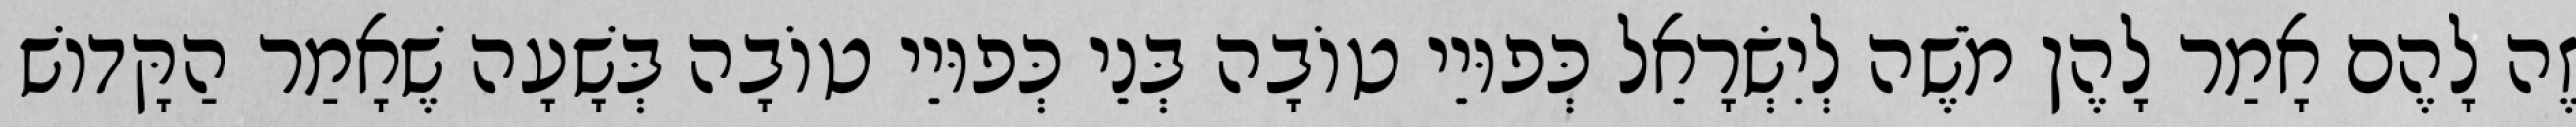
זֶה לָהֶם אָמַר לָהֶן מֹשֶׁה לְיִשְׂרָאֵל כְּפוּיֵי טוֹבָה בְּנֵי כְּפוּיֵי טוֹבָה בְּשָׁעָה שֶׁאָמַר הַקָּדוֹשׁ